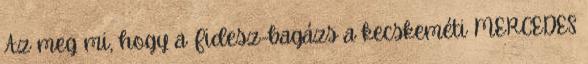
Az meg mi, hogy a Fidesz-bagázs a kecskeméti MERCEDES